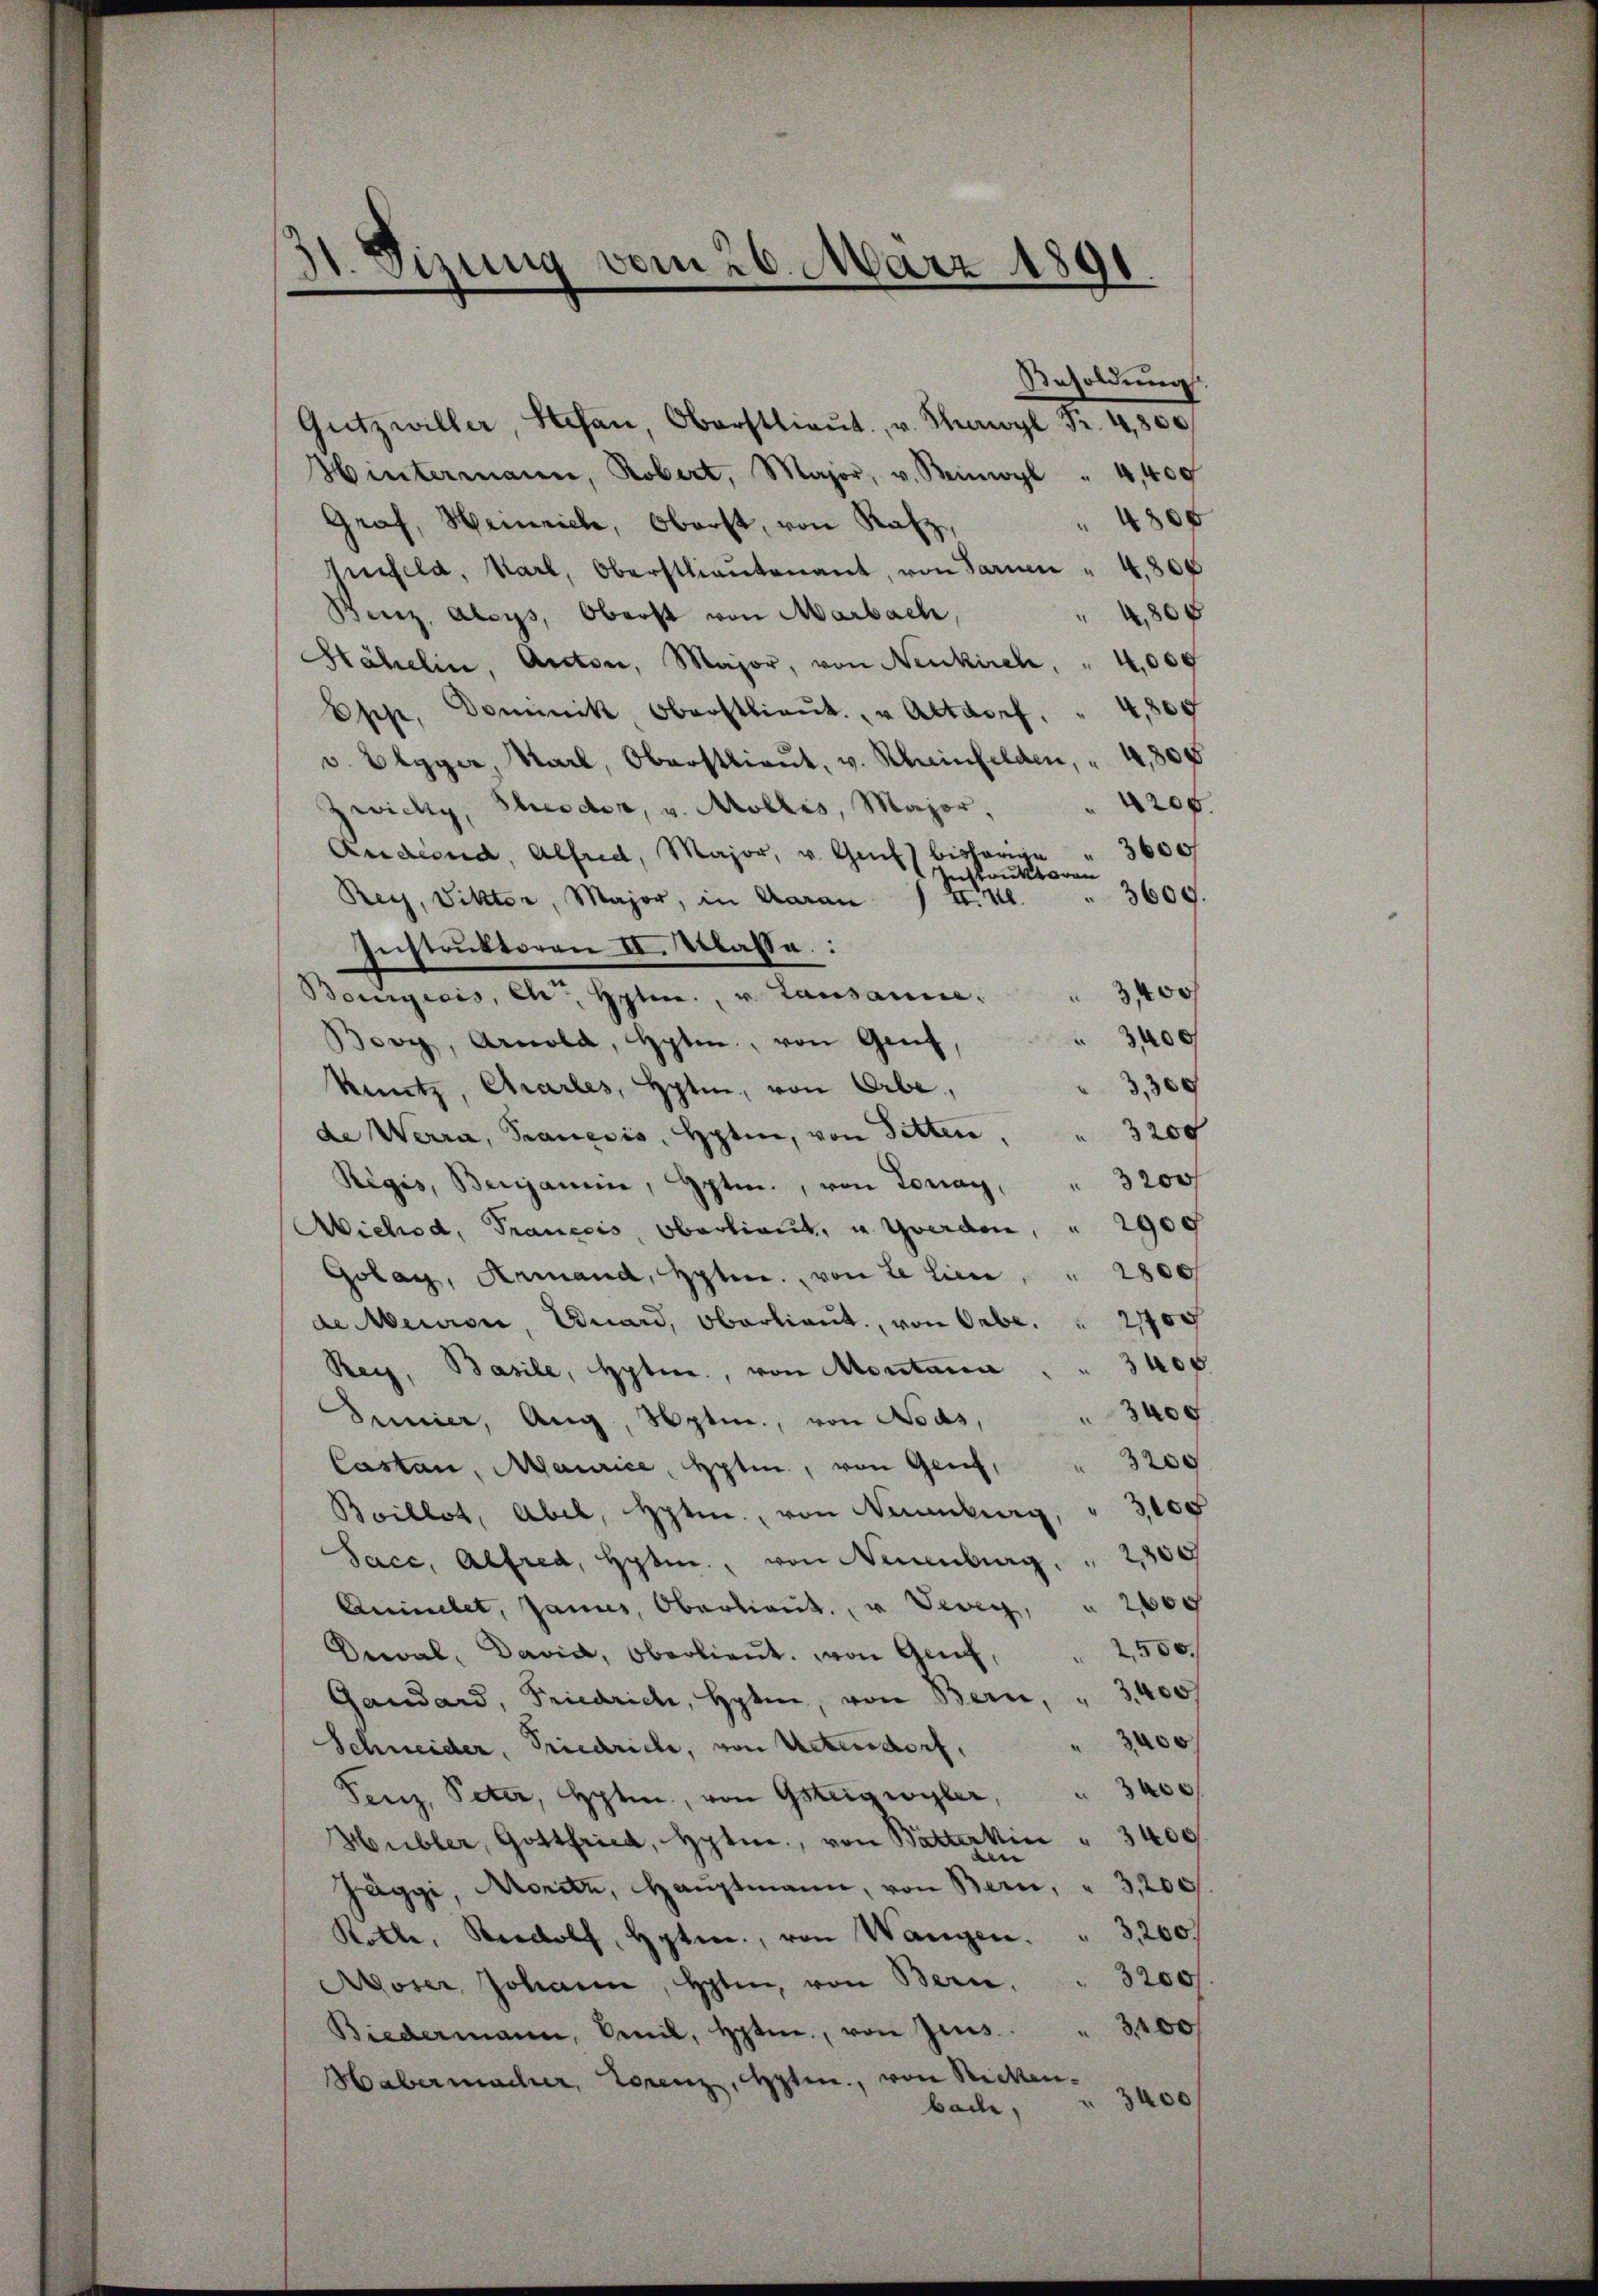
d. Sizung vom 26. März 1891.
d

Gutzwiller, den Oberstlieŭt. u. Fr. 485
Hintermann, Robert, Major, v. Beinwyl " 4,400
 4800
Graf, Heinrich, Oberst, von Rafz,
Afeld, Karl, Oberstlieutenant, von Sarnen " 4800
Benz, Aleys, Oberst von Marbach,
4,800
Hähelin Anton, Major, von Neukirch, " 4,000
Epp. Dominik, Oberstlieŭt. u Altdorf, " 4,800
v. Elgger, Karl, Oberstlieut, v. Scheinfelden, " 4,800
 4200.
Zwicky, Schieder, v. Mollis, Major,
3600
Andernd, Alfred, Major, v. Genf bisherige
ehkauktoren
3609.
Rey, Vikter, Major, in Aarau III 40.
Instruktoren II. Klasse:
Bourgicis, A. Helen, u. Lausanne. " 3,400 f
3400
Bevy, Arnold, Hpten, von Genf,
3,300
knntz, Charles, Hptm. von Erbe,
de Werra, Tranesis, Hptin, von Setten.  "   3200
Régis, Benjamine, Hptm., von Tonay, " 3200 f
Aichod, Franccis, Oberlieut, u. Gwerden, 2900
Golay, Armand, Hptm. von de lien " 2800
de Meision, Quard, Oberlieŭt. von Orbe. " 2700
Rey, Basile, Hyte, von Montana . " 3400
3400
Innier, Aug, Spten, von Nods,
Castan, Maurice, Hpten, von Genf, " 3200.
Boillot, Abel, Hpten, von Neuenburg, " 3100
Sace, Alfred, Hyten, von Neuenburg . . 2300
Animelet, Janus, Oberlieŭt. u Vevey, " 2000
2586.
Bewal, David, Oberlieut. von Genf,
Gaudard, Friedrich, Hoten, von Bern, " 3400f
0
Schneider, Priedrich, von Uebersdorf,
3400
Ferz, Peter, Hpten, von Gsteigwyler,
Hübler, Gottfried, Hptm., von Batterkin " 3400.
e
Jäggi, Moritz, Hauptmann, von Bern, " 3,20
Kolle, Rordolf Hpten, von Wangen. " 3,200/
3200.
Aoser, Johann, Hpten, von Bern.
3400 f
Biedermann, Emil, Hptm., von Zins.
Habermacher, Lorenz, Hpten, von Ricken.
3400
bache,

Besoldung